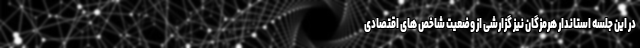
در این جلسه استاندار هرمزگان نیز گزارشی از وضعیت شاخص های اقتصادی